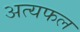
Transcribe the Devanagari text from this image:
अत्यफल